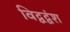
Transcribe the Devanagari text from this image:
विद्वद्वंश